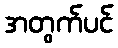
အတွက်ပင်